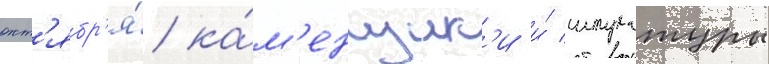
окт'ябр'я́ ка́м'енщик'и и́ штукатуры